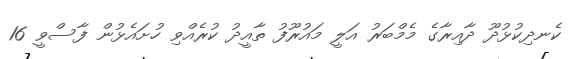
ކެނދިކުޅުދޫ ދާއިރާގެ މެމްބަރު އަލީ މައުރޫފު ތާއީދު ކުރެއްވި ހުށައެޅުން ފާސްވީ 16